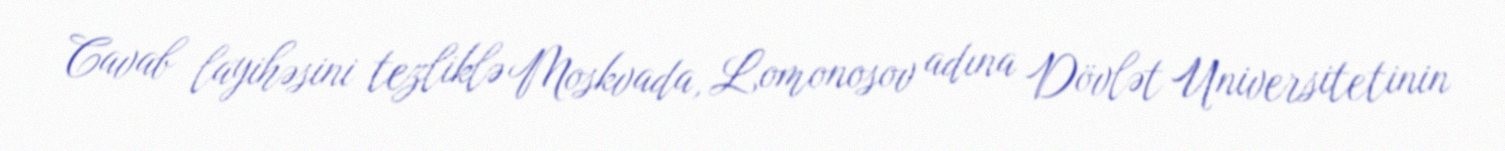
Cavab layihəsini tezliklə Moskvada, Lomonosov adına Dövlət Universitetinin